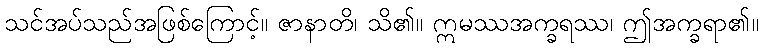
သင်အပ်သည်အဖြစ်ကြောင့်။ ဇာနာတိ၊ သိ၏။ ဣမဿအက္ခရဿ၊ ဤအက္ခရာ၏။